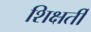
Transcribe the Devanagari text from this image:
शिक्षर्ती